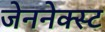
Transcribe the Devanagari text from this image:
जेननेक्स्ट